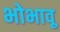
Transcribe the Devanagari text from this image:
भोभावू